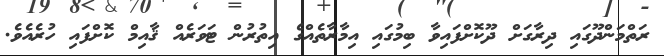
ރަތްމަންދޫގައި ދިރާގަށް ދޫކޮށްފައިވާ ބިމުގައި އިމާރާތެއްގެ އިތުރުން ޓަވަރެއް ޤާއިމް ކޮށްފައި ހުރެއެވެ.